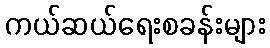
ကယ်ဆယ်ရေးစခန်းများ